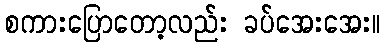
စကားပြောတော့လည်း ခပ်အေးအေး။